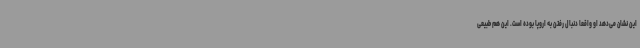
این نشان می‌دهد او واقعا دنبال رفتن به اروپا بوده است. این هم طبیعی